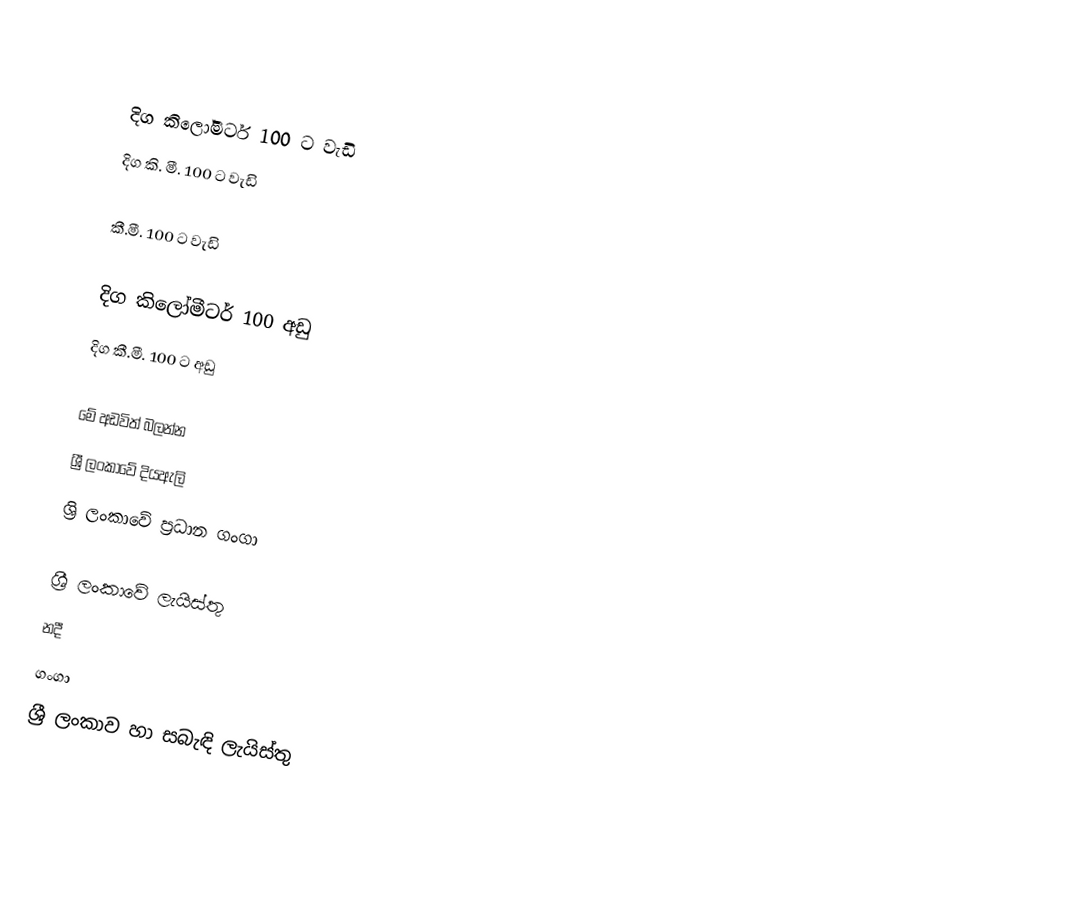

දිග  කිලෝමීටර්  100 ට වැඩි
දිග  කි. මී. 100 ට වැඩි

කී.මී. 100 ට වැඩි

දිග  කිලෝමීටර් 100 අඩු
දිග කී.මී. 100 ට අඩු

මේ අඩවිත් බලන්න
ශ්‍රී ලංකාවේ දියඇලි
ශ්‍රි ලංකාවේ ප්‍රධාන ගංගා

ශ්‍රී ලංකාවේ ලැයිස්තු
නදී
ගංගා
ශ්‍රී ලංකාව හා සබැඳි ලැයිස්තු